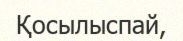
Қосылыспай,